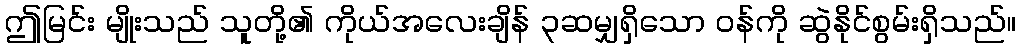
ဤမြင်း မျိုးသည် သူတို့၏ ကိုယ်အလေးချိန် ၃ဆမျှရှိသော ဝန်ကို ဆွဲနိုင်စွမ်းရှိသည်။